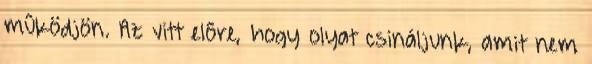
mûködjön. Az vitt elôre, hogy olyat csináljunk, amit nem